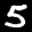
Label: 5